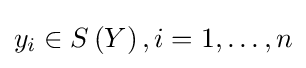
y_{i}\in S\left(Y\right),i=1,\ldots ,n